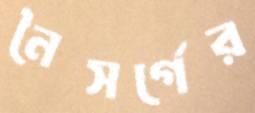
নৈসর্গের